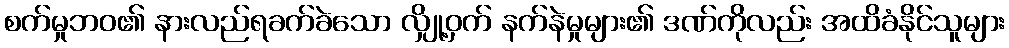
စက်မှုဘဝ၏ နားလည်ရခက်ခဲသော လျှို့ဝှက် နက်နဲမှုများ၏ ဒဏ်ကိုလည်း အထိခံနိုင်သူများ